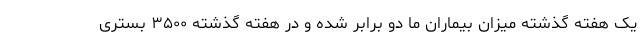
یک هفته گذشته میزان بیماران ما دو برابر شده و در هفته گذشته ۳۵۰۰ بستری